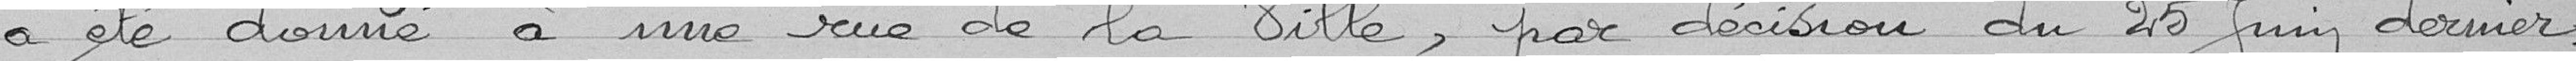
a été donné à une rue de la Ville, par décision du 25 Juin dernier